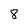
Character: 8